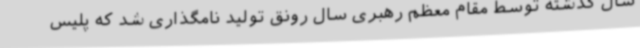
سال گذشته توسط مقام معظم رهبری سال رونق تولید نامگذاری شد که پلیس